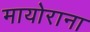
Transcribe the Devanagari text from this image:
मायोराना